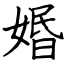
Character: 㛰